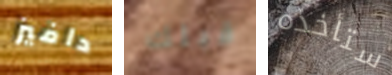
دافيز قبلك ستأخذه